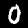
Label: 0